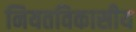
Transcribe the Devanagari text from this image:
नियतविकासीय